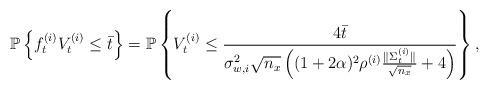
LaTeX: \begin{align*}\mathbb{P}\left\{ f^{(i)}_t V^{(i)}_t \leq \bar{t}\right\} = \mathbb{P}\left\{ V^{(i)}_t \leq \frac{4\bar{t}}{\sigma^2_{w,i}\sqrt{n_x}\left((1+2\alpha)^2\rho^{(i)} \frac{\| \Sigma^{(i)}_t\|}{\sqrt{n_x}} + 4\right)}\right\},\end{align*}